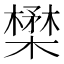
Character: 𪴈